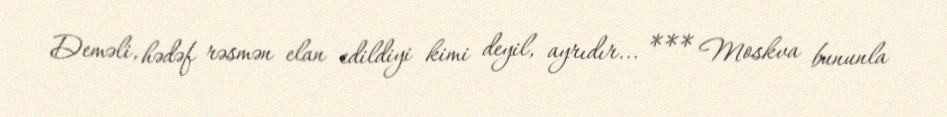
Deməli, hədəf rəsmən elan edildiyi kimi deyil, ayrıdır... *** Moskva bununla